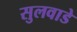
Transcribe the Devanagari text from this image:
सुलवाडे